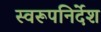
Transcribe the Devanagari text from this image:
स्वरूपनिर्देश